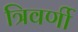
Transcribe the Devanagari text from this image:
त्रिवर्णी